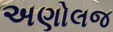
અણોલજ